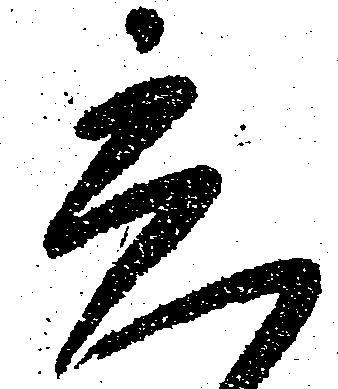
立